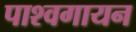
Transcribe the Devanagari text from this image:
पाश्वगायन